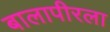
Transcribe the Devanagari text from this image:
बालापीरला